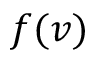
f ( v )